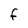
Character: f